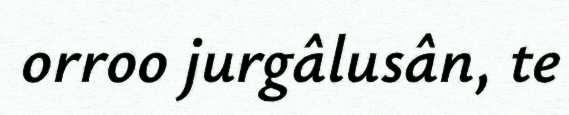
orroo jurgâlusân, te